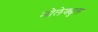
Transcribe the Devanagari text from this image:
मोलेक्युल